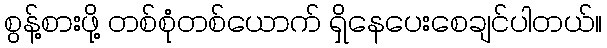
စွန့်စားဖို့ တစ်စုံတစ်ယောက် ရှိနေပေးစေချင်ပါတယ်။